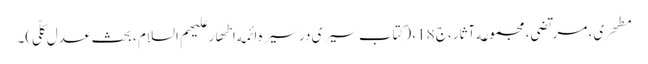
مطهری، مرتضی، مجموعه آثار، ج 18، (کتاب سیری در سیره ائمه اطهار علیهم السلام ، بحث عدل کلّی)۔